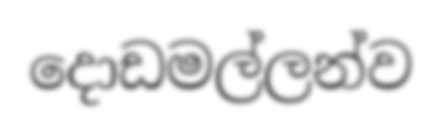
දොඩමල්ලන්ව